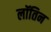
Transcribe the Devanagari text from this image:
लॉतिन